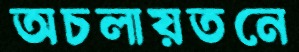
অচলায়তনে